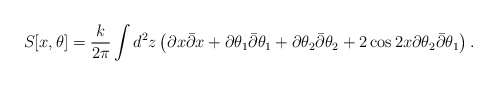
\begin{align*} S[x,\theta]=\frac{k}{2\pi}\int d^{2}z \left(\partial x \bar{\partial}x+\partial\theta_{1} \bar{\partial}\theta_{1}+\partial\theta_{2}\bar{\partial}\theta_{2}+ 2\cos{2x} \partial\theta_{2}\bar{\partial}\theta_{1}\right).\end{align*}